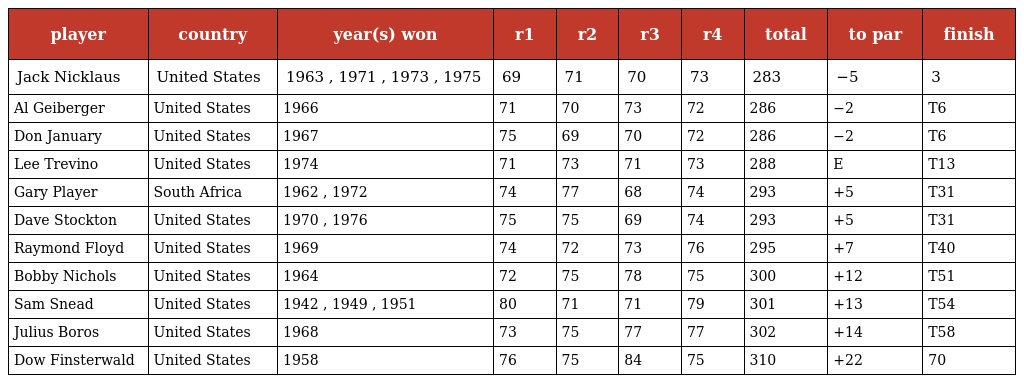
| player | country | year(s) won | r1 | r2 | r3 | r4 | total | to par | finish |
 | --- | --- | --- | --- | --- | --- | --- | --- | --- | --- |
 | Jack Nicklaus | United States | 1963 , 1971 , 1973 , 1975 | 69 | 71 | 70 | 73 | 283 | −5 | 3 |
 | Al Geiberger | United States | 1966 | 71 | 70 | 73 | 72 | 286 | −2 | T6 |
 | Don January | United States | 1967 | 75 | 69 | 70 | 72 | 286 | −2 | T6 |
 | Lee Trevino | United States | 1974 | 71 | 73 | 71 | 73 | 288 | E | T13 |
 | Gary Player | South Africa | 1962 , 1972 | 74 | 77 | 68 | 74 | 293 | +5 | T31 |
 | Dave Stockton | United States | 1970 , 1976 | 75 | 75 | 69 | 74 | 293 | +5 | T31 |
 | Raymond Floyd | United States | 1969 | 74 | 72 | 73 | 76 | 295 | +7 | T40 |
 | Bobby Nichols | United States | 1964 | 72 | 75 | 78 | 75 | 300 | +12 | T51 |
 | Sam Snead | United States | 1942 , 1949 , 1951 | 80 | 71 | 71 | 79 | 301 | +13 | T54 |
 | Julius Boros | United States | 1968 | 73 | 75 | 77 | 77 | 302 | +14 | T58 |
 | Dow Finsterwald | United States | 1958 | 76 | 75 | 84 | 75 | 310 | +22 | 70 |